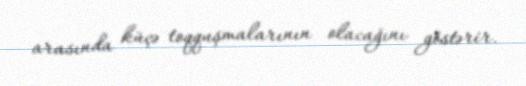
arasında küçə toqquşmalarının olacağını göstərir.